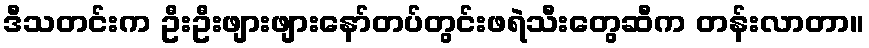
ဒီသတင်းက ဦးဦးဖျားဖျားနော်တပ်တွင်းဖရဲသီးတွေဆီက တန်းလာတာ။